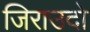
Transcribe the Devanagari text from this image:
जिराउदो